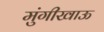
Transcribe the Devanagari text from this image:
मुंगीखाऊ